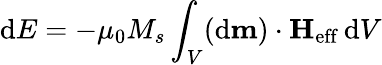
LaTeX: \mathrm{d}E=-\mu_{0}M_{s}\int_{V}(\mathrm{d}\mathbf{m})\cdot\mathbf{H}_{\mathrm{eff}}\, \mathrm{d}V